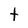
Character: t